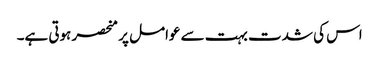
اس کی شدت بہت سے عوامل پر منحصر ہوتی ہے۔